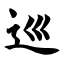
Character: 巡